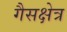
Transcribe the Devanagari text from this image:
गैसक्षेत्र